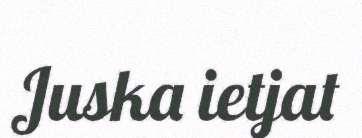
Juska ietjat